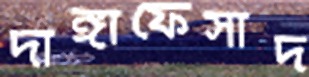
দাঙ্গাফেসাদ